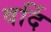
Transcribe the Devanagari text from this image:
वर्दि